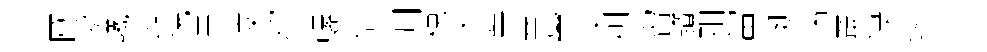
圑泒曦逃院卓淩绍螺倍淵穂入筭塞帶凍炯留躓知當埏喘叢渌逮